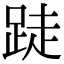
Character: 跿